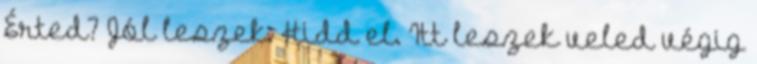
Érted? Jól leszek. Hidd el. Itt leszek veled végig